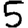
Digit: 5